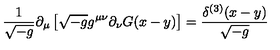
{ \frac { 1 } { \sqrt { - g } } } \partial _ { \mu } \left[ \sqrt { - g } g ^ { \mu \nu } \partial _ { \nu } G ( x - y ) \right] = { \frac { \delta ^ { ( 3 ) } ( x - y ) } { \sqrt { - g } } } \,